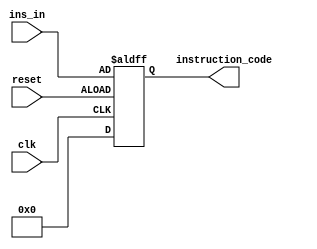
`timescale 1ns / 1ps
//////////////////////////////////////////////////////////////////////////////////
// Company: 
// Engineer: 
// 
// Design Name: 
// Module Name: IFID
// Project Name: 
// Target Devices: 
// Tool Versions: 
// Description: 
// 
// Dependencies: 
// 
// Revision:
// Revision 0.01 - File Created
// Additional Comments:
// 
//////////////////////////////////////////////////////////////////////////////////


module IFID(
    input clk,
    input reset,
    input [7:0] ins_in,
    output reg [7:0] instruction_code
    );
    
    always@ (posedge clk, posedge reset)
    begin
        if (reset == 0)
            instruction_code <= 0;
        else
            instruction_code <= ins_in;
    end
    
endmodule